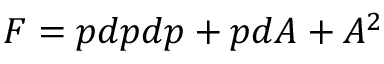
{ \cal F } = p d p d p + p d { \cal A } + { \cal A } ^ { 2 }